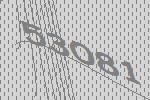
53081